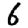
Digit: 6